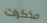
مذكرات